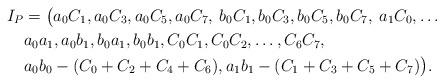
LaTeX: \begin{align*} I_P &= \bigl( a_0C_1, a_0C_3, a_0C_5, a_0C_7,\: b_0C_1, b_0C_3, b_0C_5, b_0C_7, \: a_1 C_0,\ldots \\ & a_0a_1, a_0b_1, b_0a_1, b_0b_1, C_0C_1, C_0C_2, \ldots, C_6C_7, \\ & a_0b_0 -(C_0 + C_2 + C_4 + C_6), a_1b_1 - (C_1 + C_3 + C_5 + C_7) \bigr). \end{align*}